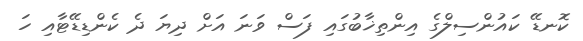
ކޮނޑޭ ކައުންސިލްގެ އިންތިޚާބުގައި ފަސް ވަނަ އަށް ދިޔަ ދެ ކެންޑިޑޭޓާއި ހަ